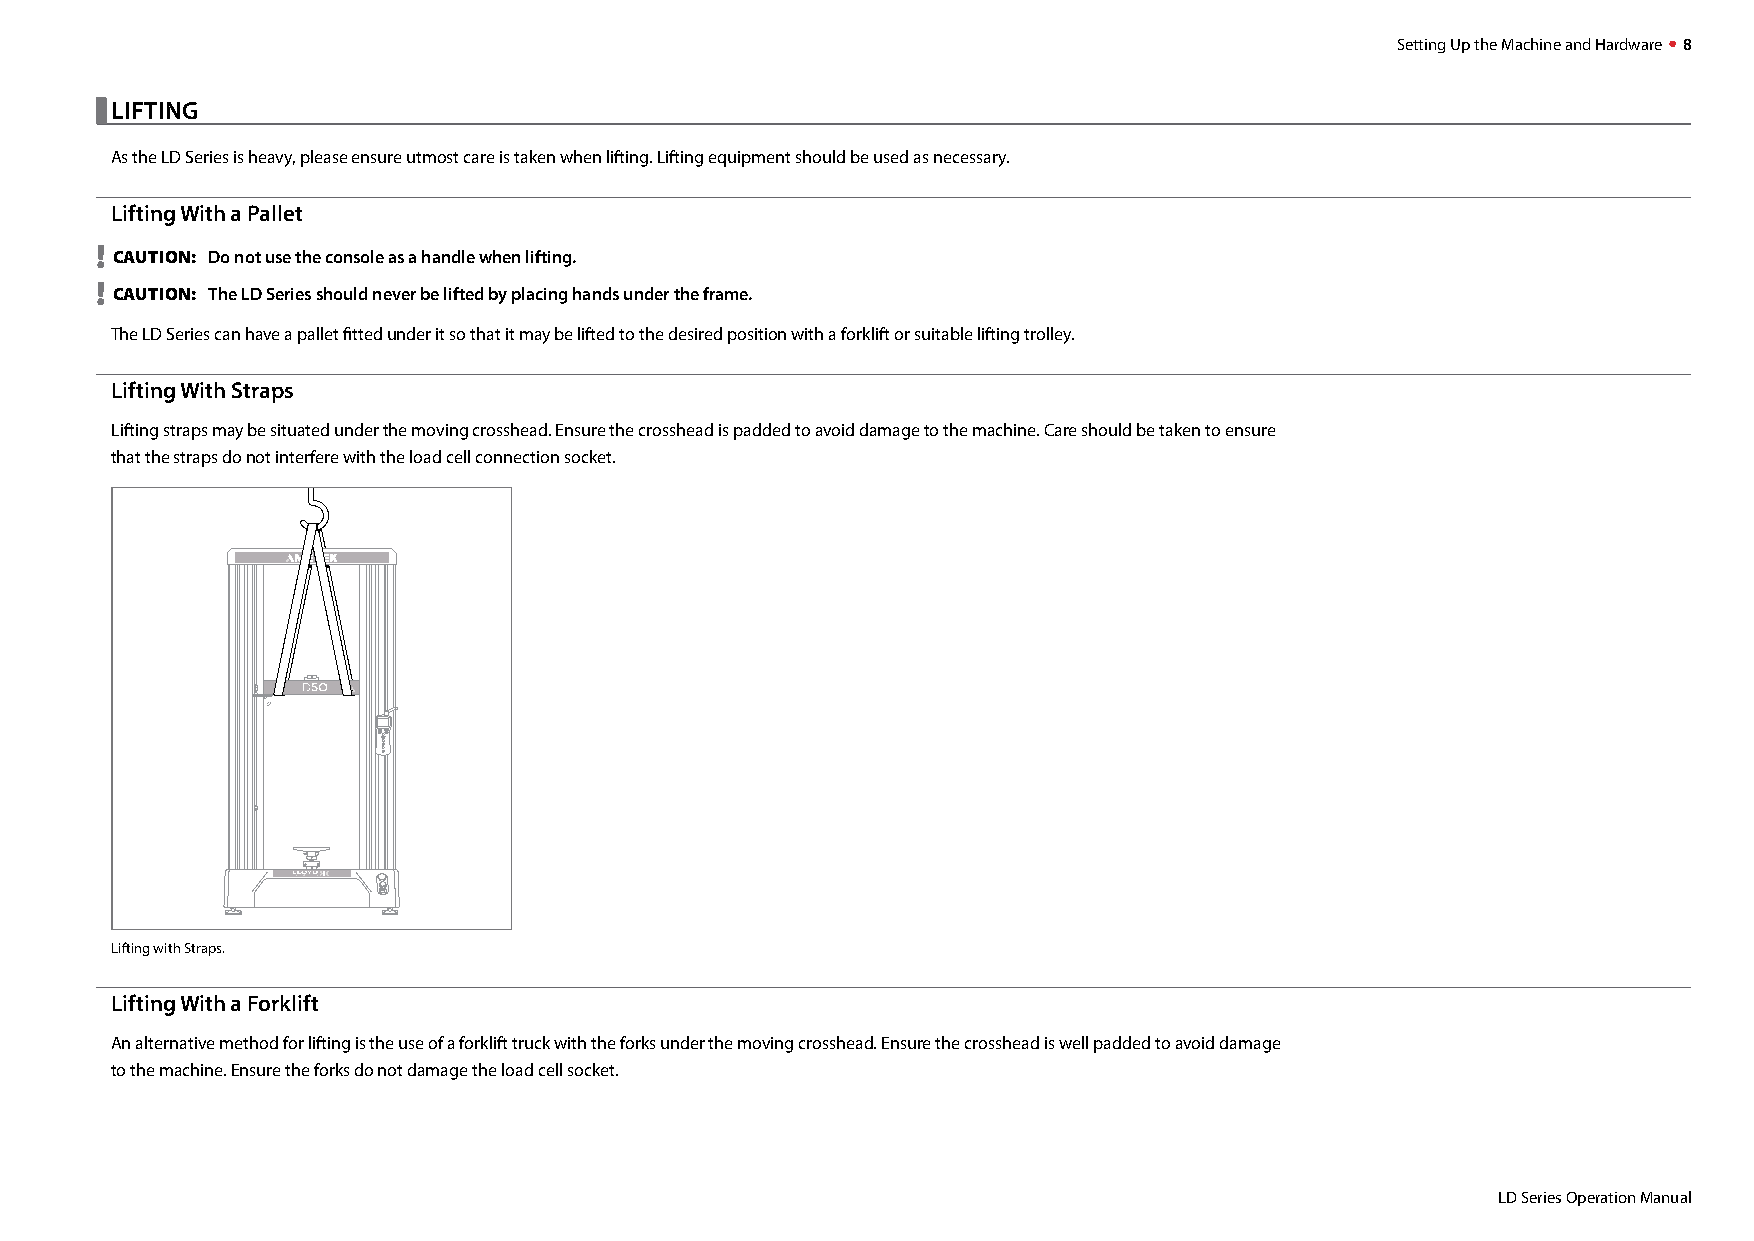
Setting Up the Machine and Hardware  8
 
 LIFTING
 As the LD Series is heavy, please ensure utmost care is taken when lifting. Lifting equipment should be used as necessary.
 Lifting With a Pallet
 !
 CAUTION: Do not use the console as a handle when lifting.
 !
 CAUTION: The LD Series should never be lifted by placing hands under the frame.
 The LD Series can have a pallet fitted under it so that it may be lifted to the desired position with a forklift or suitable lifting trolley.
 Lifting With Straps
 Lifting straps may be situated under the moving crosshead. Ensure the crosshead is padded to avoid damage to the machine. Care should be taken to ensure
 that the straps do not interfere with the load cell connection socket.
 Lifting with Straps.
 Lifting With a Forklift
 An alternative method for lifting is the use of a forklift truck with the forks under the moving crosshead. Ensure the crosshead is well padded to avoid damage
 to the machine. Ensure the forks do not damage the load cell socket.
 LD Series Operation Manual